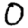
Digit: 0